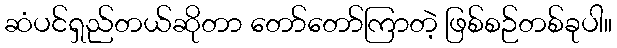
ဆံပင်ရှည်တယ်ဆိုတာ တော်တော်ကြာတဲ့ ဖြစ်စဉ်တစ်ခုပါ။